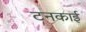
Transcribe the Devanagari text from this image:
टनकाई